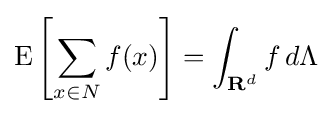
\operatorname {E} \left[\sum _{x\in N}f(x)\right]=\int _{{\textbf {R}}^{d}}f\,d\Lambda